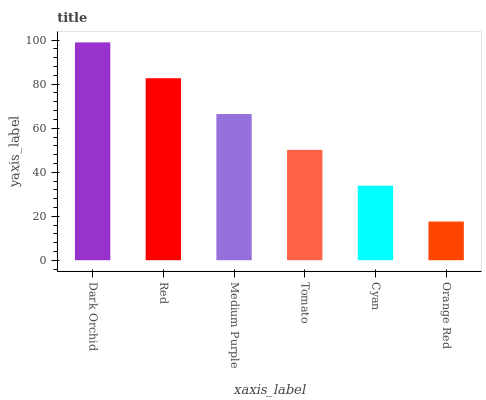
| xaxis_label | bars |
 | --- | --- |
 | Dark Orchid | 99 |
 | Red | 82.7 |
 | Medium Purple | 66.4 |
 | Tomato | 50.2 |
 | Cyan | 33.9 |
 | Orange Red | 17.6 |